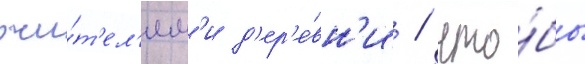
жи́т'ел'ям'и д'ер'е́вн'и / что́бы